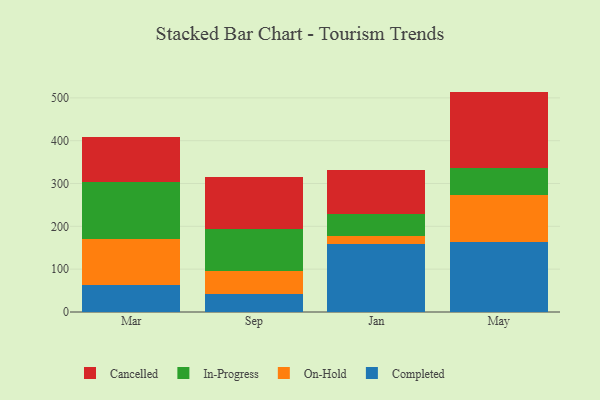
{"axis": {"x": "Month", "y": "Customer Acquisition Cost (USD)"}, "legend": ["Cancelled", "Completed", "In-Progress", "On-Hold"], "data": [{"x": "Mar", "y": 62.3, "type": "Completed"}, {"x": "Mar", "y": 108.6, "type": "On-Hold"}, {"x": "Mar", "y": 132.4, "type": "In-Progress"}, {"x": "Mar", "y": 106.2, "type": "Cancelled"}, {"x": "Sep", "y": 42.0, "type": "Completed"}, {"x": "Sep", "y": 53.5, "type": "On-Hold"}, {"x": "Sep", "y": 98.3, "type": "In-Progress"}, {"x": "Sep", "y": 120.8, "type": "Cancelled"}, {"x": "Jan", "y": 158.1, "type": "Completed"}, {"x": "Jan", "y": 18.7, "type": "On-Hold"}, {"x": "Jan", "y": 51.1, "type": "In-Progress"}, {"x": "Jan", "y": 103.5, "type": "Cancelled"}, {"x": "May", "y": 162.7, "type": "Completed"}, {"x": "May", "y": 110.9, "type": "On-Hold"}, {"x": "May", "y": 61.6, "type": "In-Progress"}, {"x": "May", "y": 179.4, "type": "Cancelled"}]}